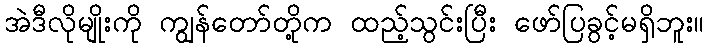
အဲဒီလိုမျိုးကို ကျွန်တော်တို့က ထည့်သွင်းပြီး ဖော်ပြခွင့်မရှိဘူး။